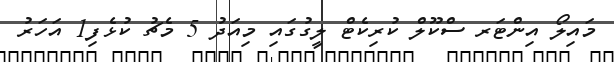
މައިލޯ އިންޓަރ ސްކޫލް ކުރިކެޓް ލީގުގައި މިއަދު 5 މެޗު ކުޅެފި1 އަހަރު